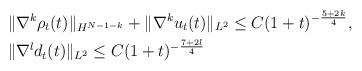
LaTeX: \begin{align*}\begin{aligned}&\|\nabla^k \rho_t(t)\|_{H^{N-1-k}}+\|\nabla^k u_t(t)\|_{L^2}\le C(1+t)^{-\frac{5+2k}{4}},\\&\|\nabla^l d_t(t)\|_{L^2}\le C(1+t)^{-\frac{7+2l}{4}}\\\end{aligned}\end{align*}